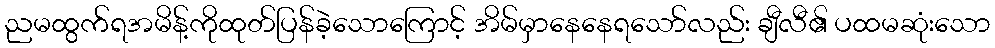
ညမထွက်ရအမိန့်ကိုထုတ်ပြန်ခဲ့သောကြောင့် အိမ်မှာနေနေရသော်လည်း ချီလီ၏ ပထမဆုံးသော